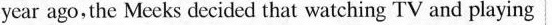
year ago,the Mccks decided that watching TV and playing